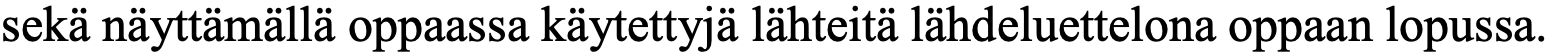
sekä näyttämällä oppaassa käytettyjä lähteitä lähdeluettelona oppaan lopussa.